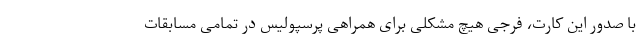
با صدور این کارت، فرجی هیچ مشکلی برای همراهی پرسپولیس در تمامی مسابقات